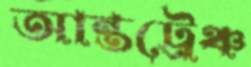
আন্তট্রেঞ্চ